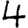
Digit: 4